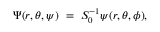
\Psi ( r , \theta , \psi ) ~ = ~ S _ { 0 } ^ { - 1 } \psi ( r , \theta , \phi ) ,